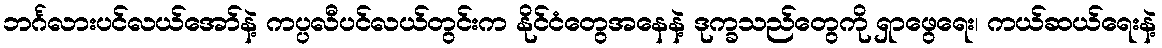
ဘင်္ဂလားပင်လယ်အော်နဲ့ ကပ္ပလီပင်လယ်တွင်းက နိုင်ငံတွေအနေနဲ့ ဒုက္ခသည်တွေကို ရှာဖွေရေး၊ ကယ်ဆယ်ရေးနဲ့